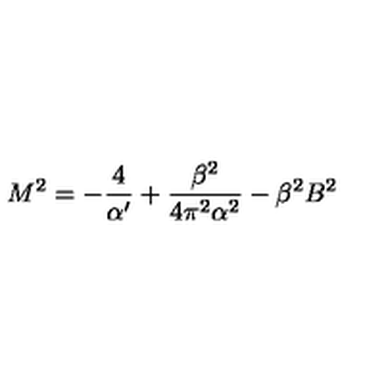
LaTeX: M ^ { 2 } = - \frac { 4 } { \alpha ^ { \prime } } + \frac { \beta ^ { 2 } } { 4 \pi ^ { 2 } \alpha ^ { 2 } } - \beta ^ { 2 } B ^ { 2 }